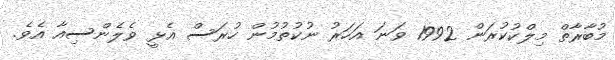
މުބާރާތް މިލްކުކުރަން 1992 ވަނަ އަހަރު ނުކުތުމުން ހުރަސް އެޅީ ވެލެންސިއާ އެވެ.